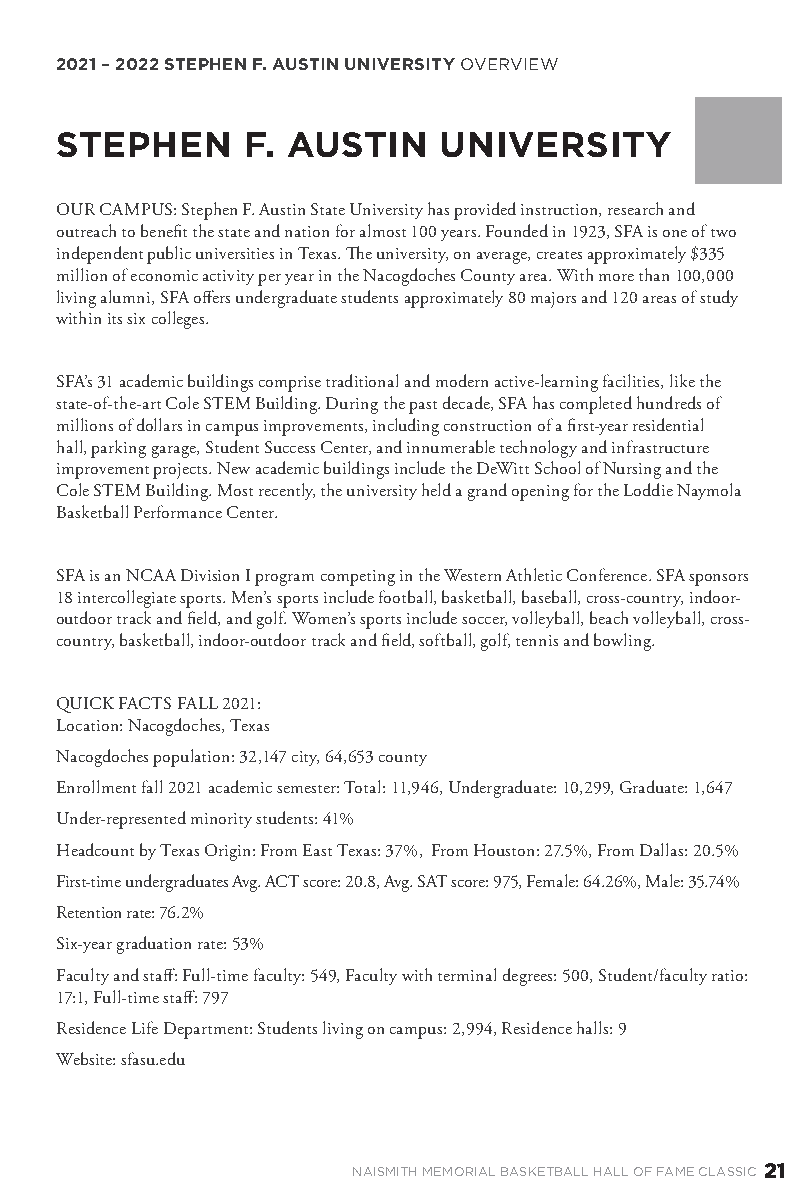
2021 – 2022 STEPHEN F. AUSTIN UNIVERSITY OVERVIEW
 STEPHEN     F. AUSTIN    UNIVERSITY
 OUR CAMPUS: Stephen F. Austin State University has provided instruction, research and
 outreach to benefit the state and nation for almost 100 years. Founded in 1923, SFA is one of two
 independent public universities in Texas. The university, on average, creates approximately $335
 million of economic activity per year in the Nacogdoches County area. With more than 100,000
 living alumni, SFA offers undergraduate students approximately 80 majors and 120 areas of study
 within its six colleges.
 SFA’s 31 academic buildings comprise traditional and modern active-learning facilities, like the
 state-of-the-art Cole STEM Building. During the past decade, SFA has completed hundreds of
 millions of dollars in campus improvements, including construction of a first-year residential
 hall, parking garage, Student Success Center, and innumerable technology and infrastructure
 improvement projects. New academic buildings include the DeWitt School of Nursing and the
 Cole STEM Building. Most recently, the university held a grand opening for the Loddie Naymola
 Basketball Performance Center.
 SFA is an NCAA Division I program competing in the Western Athletic Conference. SFA sponsors
 18 intercollegiate sports. Men’s sports include football, basketball, baseball, cross-country, indoor-
 outdoor track and field, and golf. Women’s sports include soccer, volleyball, beach volleyball, cross-
 country, basketball, indoor-outdoor track and field, softball, golf, tennis and bowling.
 QUICK FACTS FALL 2021:
 Location: Nacogdoches, Texas
 Nacogdoches population: 32,147 city, 64,653 county
 Enrollment fall 2021 academic semester: Total: 11,946, Undergraduate: 10,299, Graduate: 1,647
 Under-represented minority students: 41%
 Headcount by Texas Origin: From East Texas: 37%, From Houston: 27.5%, From Dallas: 20.5%
 First-time undergraduates Avg. ACT score: 20.8, Avg. SAT score: 975, Female: 64.26%, Male: 35.74%
 Retention rate: 76.2%
 Six-year graduation rate: 53%
 Faculty and staff: Full-time faculty: 549, Faculty with terminal degrees: 500, Student/faculty ratio:
 17:1, Full-time staff: 797
 Residence Life Department: Students living on campus: 2,994, Residence halls: 9
 Website: sfasu.edu
 NAISMITH MEMORIAL BASKETBALL HALL OF FAME CLASSIC 21